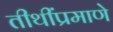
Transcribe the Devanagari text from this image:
तीथींप्रमाणे